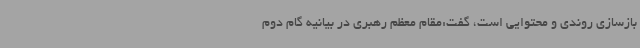
بازسازی روندی و محتوایی است، گفت:مقام معظم رهبری در بیانیه گام دوم